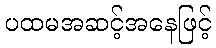
ပထမအဆင့်အနေဖြင့်